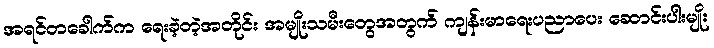
အရင်တခေါက်က ရေးခဲ့တဲ့အတိုင်း အမျိုးသမီးတွေအတွက် ကျန်းမာရေးပညာပေး ဆောင်းပါးမျိုး